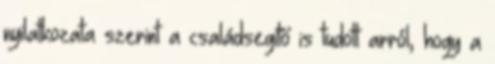
nyilatkozata szerint a családsegítő is tudott arról, hogy a